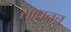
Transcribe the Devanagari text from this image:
साधनच